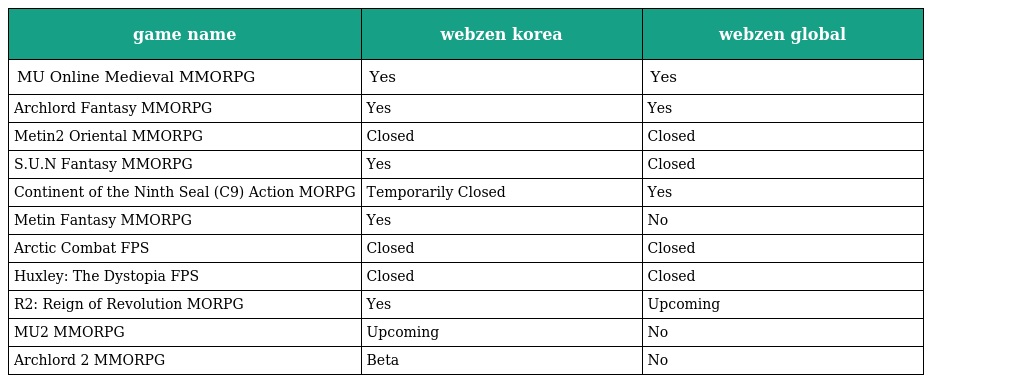
| game name | webzen korea | webzen global |
 | --- | --- | --- |
 | MU Online Medieval MMORPG | Yes | Yes |
 | Archlord Fantasy MMORPG | Yes | Yes |
 | Metin2 Oriental MMORPG | Closed | Closed |
 | S.U.N Fantasy MMORPG | Yes | Closed |
 | Continent of the Ninth Seal (C9) Action MORPG | Temporarily Closed | Yes |
 | Metin Fantasy MMORPG | Yes | No |
 | Arctic Combat FPS | Closed | Closed |
 | Huxley: The Dystopia FPS | Closed | Closed |
 | R2: Reign of Revolution MORPG | Yes | Upcoming |
 | MU2 MMORPG | Upcoming | No |
 | Archlord 2 MMORPG | Beta | No |